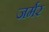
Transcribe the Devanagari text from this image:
जर्मर